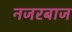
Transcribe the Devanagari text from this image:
नजरबाज